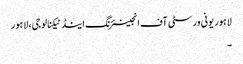
لاہور یونی ورسٹی آف انجینئرنگ اینڈ ٹیکنالوجی، لاہور
۔